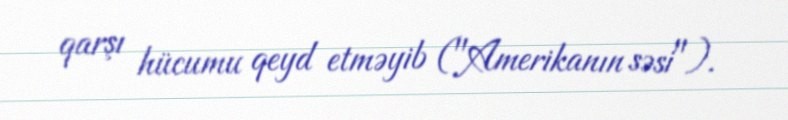
qarşı hücumu qeyd etməyib ("Amerikanın səsi").